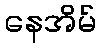
နေအိမ်